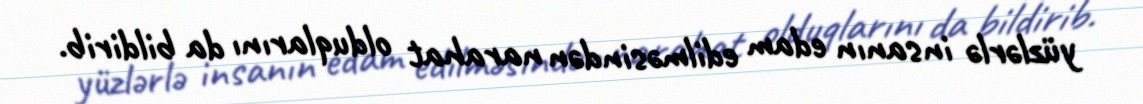
yüzlərlə insanın edam edilməsindən narahat olduqlarını da bildirib.